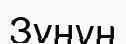
Зұнұн